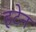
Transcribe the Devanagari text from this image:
हटेन